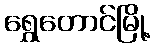
ရွှေတောင်မြို့